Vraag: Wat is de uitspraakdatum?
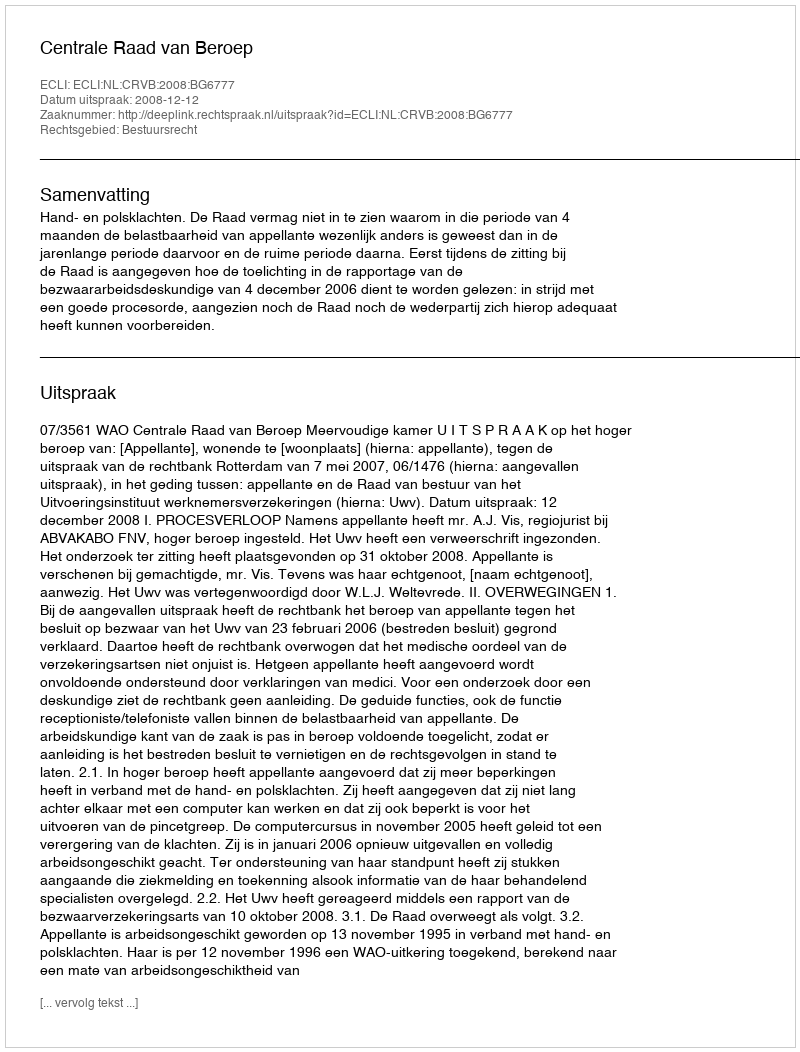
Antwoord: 2008-12-12